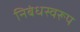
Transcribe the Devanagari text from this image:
निबंधस्वरूप